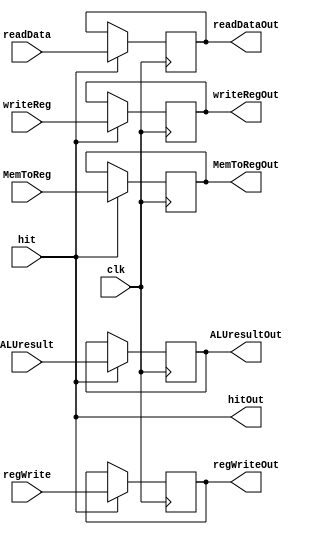
`timescale 1ns / 1ps
//////////////////////////////////////////////////////////////////////////////////
// Company: 
// Engineer: 
// 
// Design Name: 
// Module Name:    MemoryWriteBackReg 
// Project Name: 
// Target Devices: 
// Tool versions: 
// Description: 
//
// Dependencies: 
//
// Revision: 
// Revision 0.01 - File Created
// Additional Comments: 
//
//////////////////////////////////////////////////////////////////////////////////
module MemoryWriteBackReg(input clk, input hit, input regWrite, input MemToReg, input [4:0] writeReg, input [31:0] readData, input[31:0] ALUresult, output hitOut, output reg regWriteOut, output reg MemToRegOut, output reg [4:0] writeRegOut,output reg [31:0] readDataOut, output reg [31:0] ALUresultOut);

	assign hitOut = hit;
	//-----------------------------------------------------------------------------------------------------------------------
	always @(negedge clk) begin
		if (hit) begin
			MemToRegOut <= MemToReg;
			regWriteOut <= regWrite;
			writeRegOut <= writeReg;
			readDataOut <= readData;
			ALUresultOut <= ALUresult;
		end
	end
	//-----------------------------------------------------------------------------------------------------------------------
endmodule